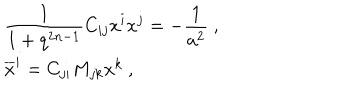
\begin{array} { l } { { \displaystyle \frac { 1 } { 1 + q ^ { 2 n - 1 } } C _ { i j } x ^ { i } x ^ { j } = - \frac { 1 } { a ^ { 2 } } ~ , } } \\ { { { \overline { { x } } ^ { i } } = C _ { j i } M _ { j k } x ^ { k } ~ , } } \\ \end{array}